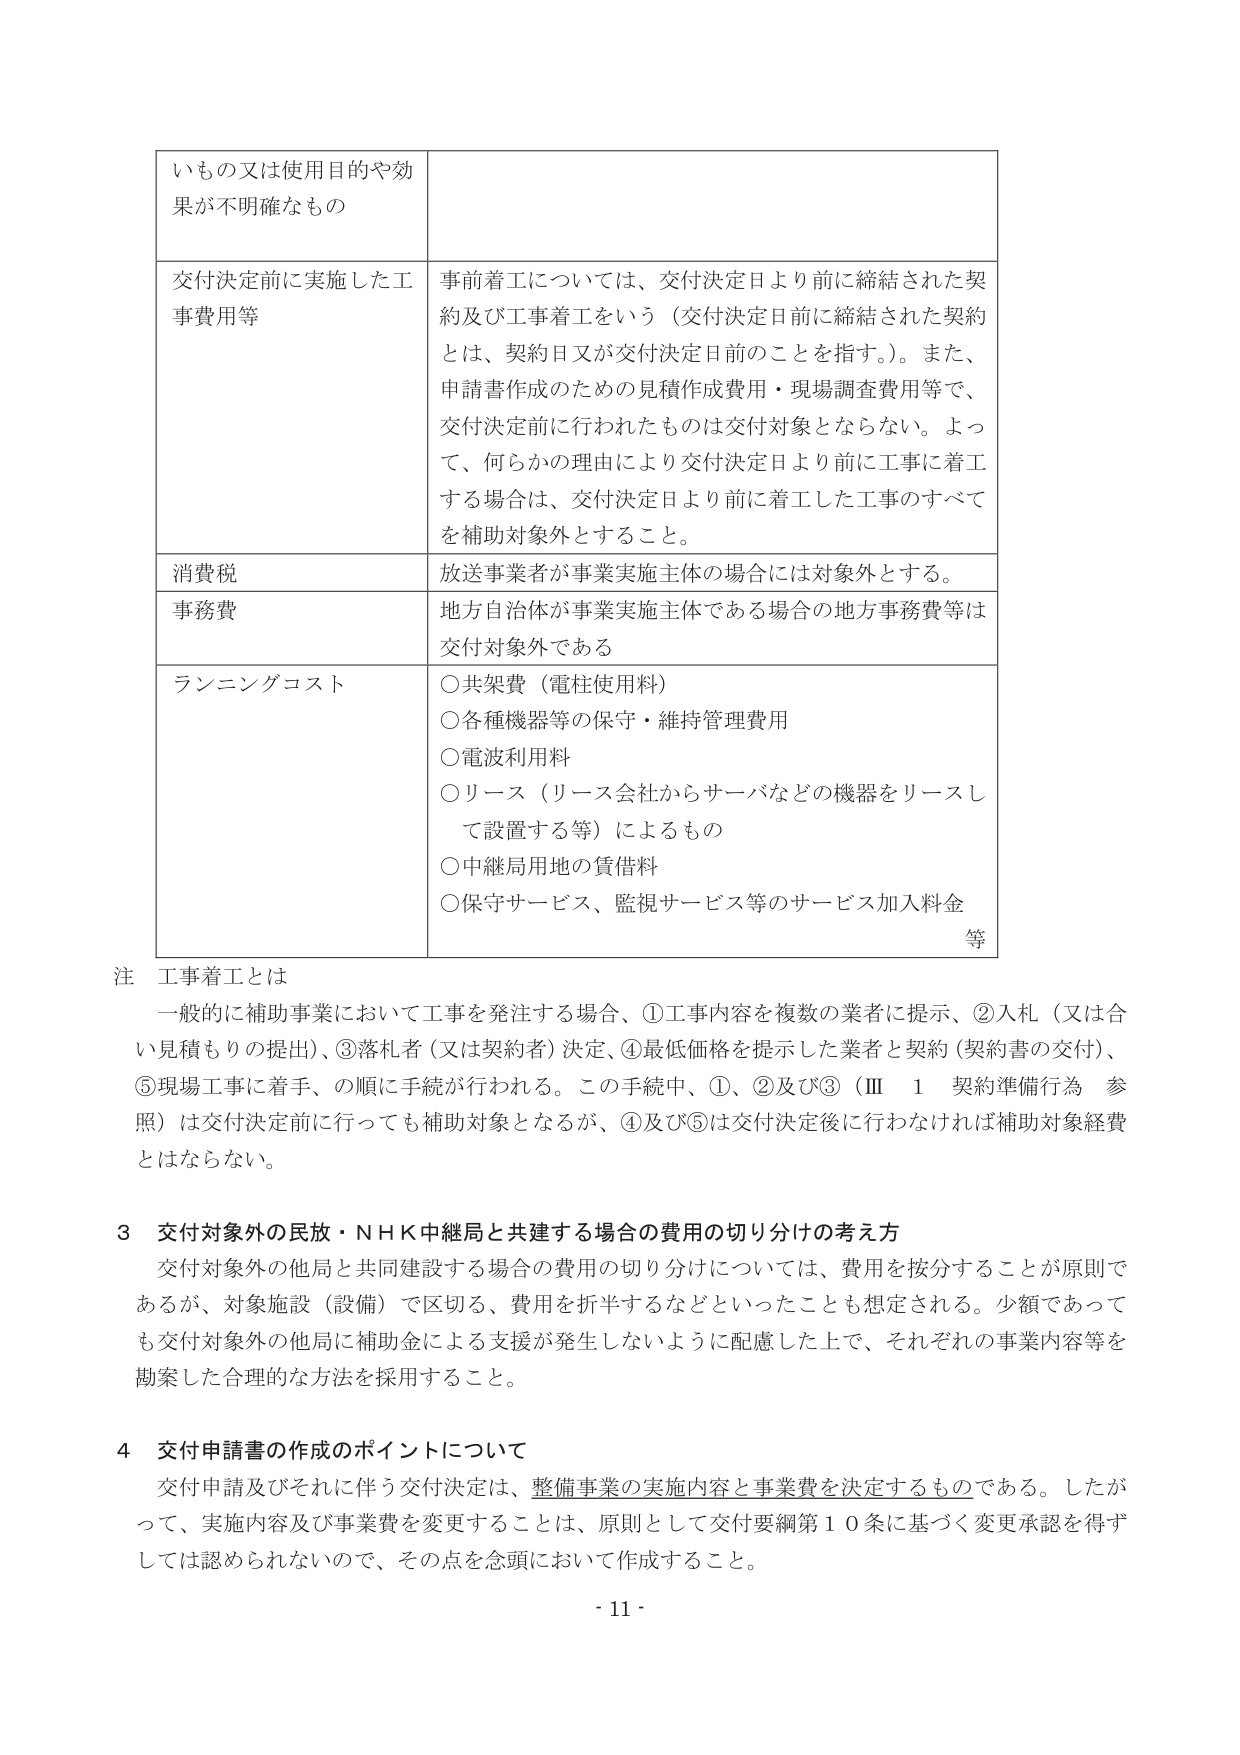
いもの又は使用目的や効果が不明確なもの

交付決定前に実施した工事費用等
事前着工については、交付決定日より前に締結された契約及び工事着工をいう（交付決定日前に締結された契約とは、契約日又が交付決定日前のことを指す。）。また、申請書作成のための見積作成費用・現場調査費用等で、交付決定前に行われたものは交付対象とならない。よって、何らかの理由により交付決定日より前に工事に着工する場合は、交付決定日より前に着工した工事のすべてを補助対象外とすること。

消費税
放送事業者が事業実施主体の場合には対象外とする。

事務費
地方自治体が事業実施主体である場合の地方事務費等は交付対象外である

ランニングコスト
○共架費（電柱使用料）
○各種機器等の保守・維持管理費用
○電波利用料
○リース（リース会社からサーバなどの機器をリースして設置する等）によるもの
○中継局用地の賃借料
○保守サービス、監視サービス等のサービス加入料金等

注 工事着工とは
一般的に補助事業において工事を発注する場合、①工事内容を複数の業者に提示、②入札（又は合い見積もりの提出）、③落札者（又は契約者）決定、④最低価格を提示した業者と契約（契約書の交付）、⑤現場工事に着手、の順に手続が行われる。この手続中、①、②及び③（Ⅲ 1 契約準備行為 参照）は交付決定前に行っても補助対象となるが、④及び⑤は交付決定後に行わなければ補助対象経費とはならない。

3 交付対象外の民放・NHK中継局と共建する場合の費用の切り分けの考え方
交付対象外の他局と共同建設する場合の費用の切り分けについては、費用を按分することが原則であるが、対象施設（設備）で区切る、費用を折半するなどといったことも想定される。少額であっても交付対象外の他局に補助金による支援が発生しないように配慮した上で、それぞれの事業内容等を勘案した合理的な方法を採用すること。

4 交付申請書の作成のポイントについて
交付申請及びそれに伴う交付決定は、整備事業の実施内容と事業費を決定するものである。したがって、実施内容及び事業費を変更することは、原則として交付要綱第10条に基づく変更承認を得ずしては認められないのので、その点を念頭において作成すること。

- 11 -